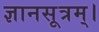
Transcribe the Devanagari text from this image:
ज्ञानसूत्रम्।